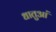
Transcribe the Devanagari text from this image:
धातुआं